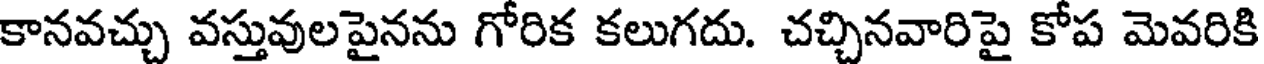
కానవచ్చు వస్తువులపైనను గోరిక కలుగదు. చచ్చినవారిపై కోప మెవరికి